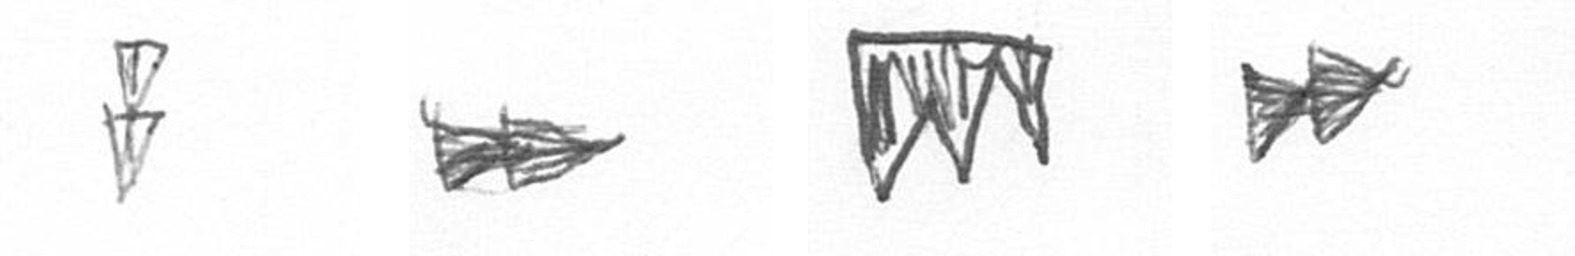
Z A L A